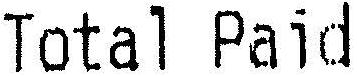
TOTAL PAID